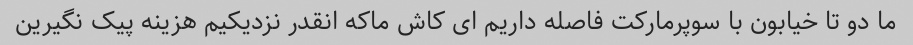
ما دو تا خیابون با سوپرمارکت فاصله داریم ای کاش ماکه انقدر نزدیکیم هزینه پیک نگیرین